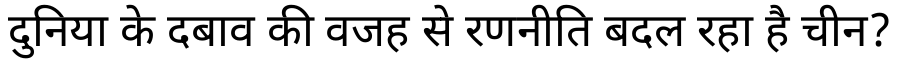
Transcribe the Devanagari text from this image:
दुनिया के दबाव की वजह से रणनीति बदल रहा है चीन?